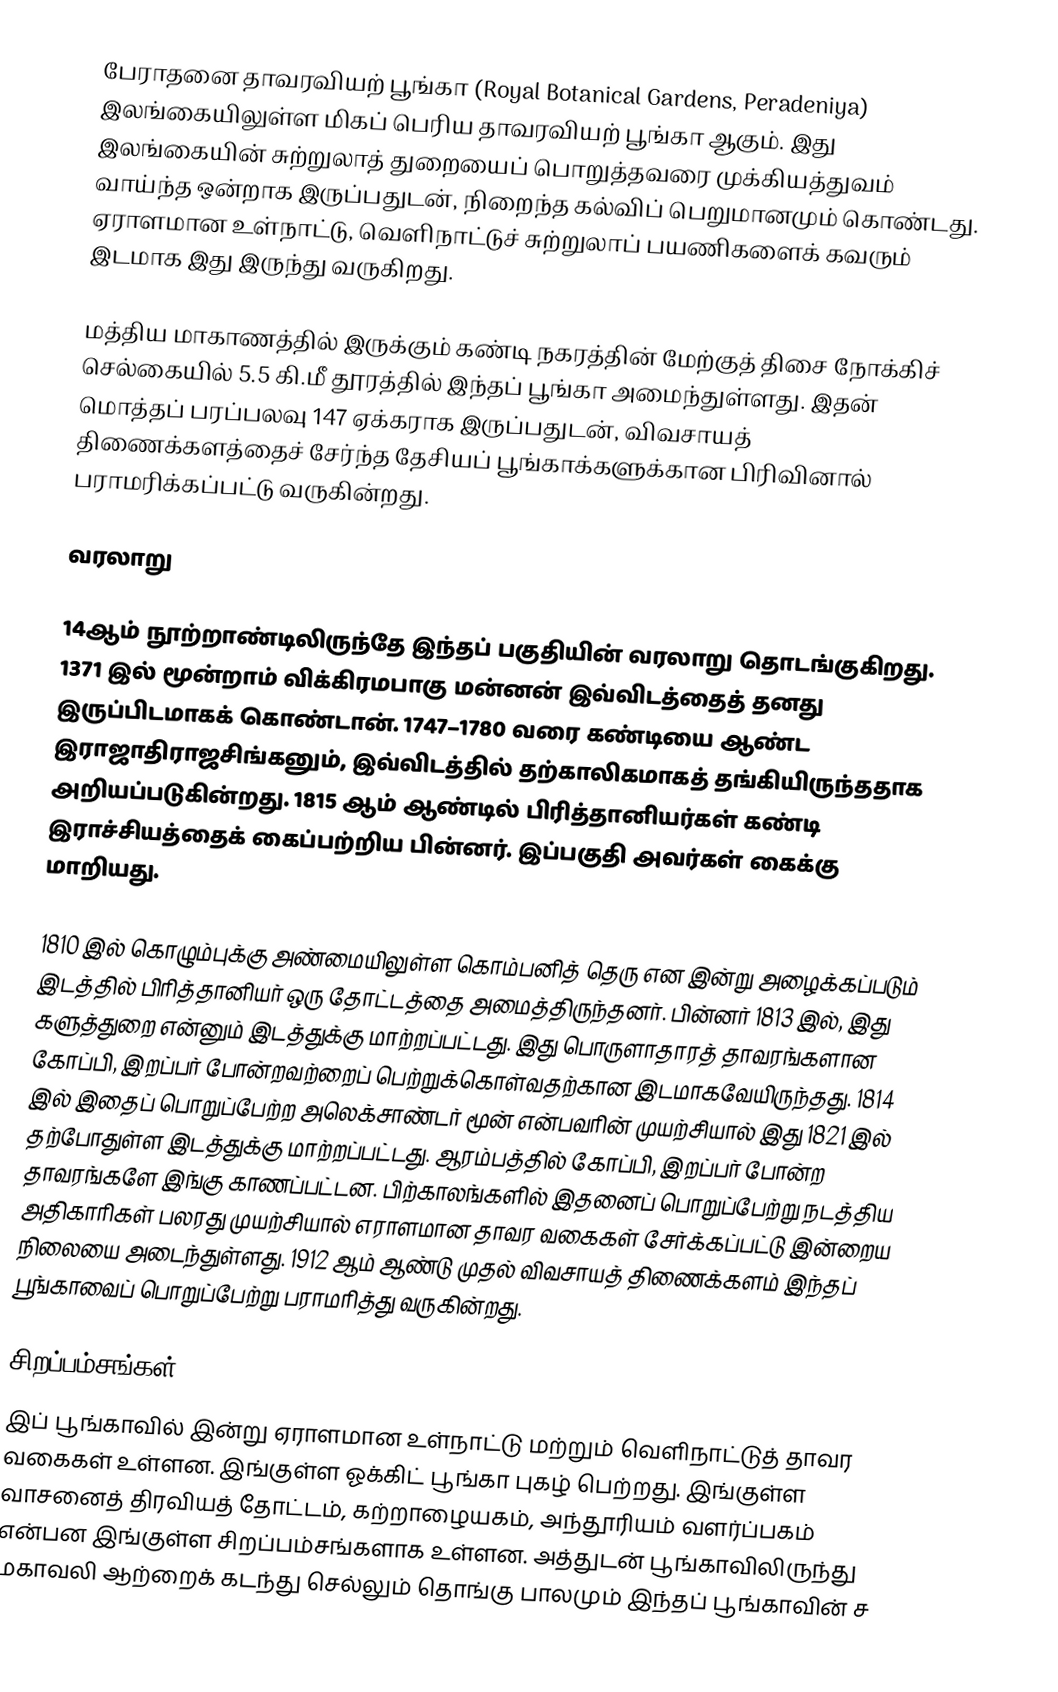
பேராதனை தாவரவியற் பூங்கா (Royal Botanical Gardens, Peradeniya) இலங்கையிலுள்ள மிகப் பெரிய தாவரவியற் பூங்கா ஆகும். இது இலங்கையின் சுற்றுலாத் துறையைப் பொறுத்தவரை முக்கியத்துவம் வாய்ந்த ஒன்றாக இருப்பதுடன், நிறைந்த கல்விப் பெறுமானமும் கொண்டது. ஏராளமான உள்நாட்டு, வெளிநாட்டுச் சுற்றுலாப் பயணிகளைக் கவரும் இடமாக இது இருந்து வருகிறது.

மத்திய மாகாணத்தில் இருக்கும் கண்டி நகரத்தின் மேற்குத் திசை நோக்கிச் செல்கையில் 5.5 கி.மீ தூரத்தில் இந்தப் பூங்கா அமைந்துள்ளது. இதன் மொத்தப் பரப்பலவு 147 ஏக்கராக இருப்பதுடன், விவசாயத் திணைக்களத்தைச் சேர்ந்த தேசியப் பூங்காக்களுக்கான பிரிவினால் பராமரிக்கப்பட்டு வருகின்றது.

வரலாறு

14ஆம் நூற்றாண்டிலிருந்தே இந்தப் பகுதியின் வரலாறு தொடங்குகிறது. 1371 இல் மூன்றாம் விக்கிரமபாகு மன்னன் இவ்விடத்தைத் தனது இருப்பிடமாகக் கொண்டான். 1747–1780 வரை கண்டியை ஆண்ட இராஜாதிராஜசிங்கனும், இவ்விடத்தில் தற்காலிகமாகத் தங்கியிருந்ததாக அறியப்படுகின்றது. 1815 ஆம் ஆண்டில் பிரித்தானியர்கள் கண்டி இராச்சியத்தைக் கைப்பற்றிய பின்னர். இப்பகுதி அவர்கள் கைக்கு மாறியது.

1810 இல் கொழும்புக்கு அண்மையிலுள்ள கொம்பனித் தெரு என இன்று அழைக்கப்படும் இடத்தில் பிரித்தானியர் ஒரு தோட்டத்தை அமைத்திருந்தனர். பின்னர் 1813 இல், இது களுத்துறை என்னும் இடத்துக்கு மாற்றப்பட்டது. இது பொருளாதாரத் தாவரங்களான கோப்பி, இறப்பர் போன்றவற்றைப் பெற்றுக்கொள்வதற்கான இடமாகவேயிருந்தது. 1814 இல் இதைப் பொறுப்பேற்ற அலெக்சாண்டர் மூன் என்பவரின் முயற்சியால் இது 1821 இல் தற்போதுள்ள இடத்துக்கு மாற்றப்பட்டது. ஆரம்பத்தில் கோப்பி, இறப்பர் போன்ற தாவரங்களே இங்கு காணப்பட்டன. பிற்காலங்களில் இதனைப் பொறுப்பேற்று நடத்திய அதிகாரிகள் பலரது முயற்சியால் எராளமான தாவர வகைகள் சேர்க்கப்பட்டு இன்றைய நிலையை அடைந்துள்ளது. 1912 ஆம் ஆண்டு முதல் விவசாயத் திணைக்களம் இந்தப் பூங்காவைப் பொறுப்பேற்று பராமரித்து வருகின்றது.

சிறப்பம்சங்கள்
இப் பூங்காவில் இன்று ஏராளமான உள்நாட்டு மற்றும் வெளிநாட்டுத் தாவர வகைகள் உள்ளன. இங்குள்ள ஓக்கிட் பூங்கா புகழ் பெற்றது. இங்குள்ள வாசனைத் திரவியத் தோட்டம், கற்றாழையகம், அந்தூரியம் வளர்ப்பகம் என்பன இங்குள்ள சிறப்பம்சங்களாக உள்ளன. அத்துடன் பூங்காவிலிருந்து மகாவலி ஆற்றைக் கடந்து செல்லும் தொங்கு பாலமும் இந்தப் பூங்காவின் ச